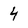
Character: 4